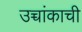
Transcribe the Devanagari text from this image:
उच्चांकाची